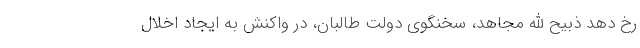
رخ دهد ذبیح الله مجاهد، سخنگوی دولت طالبان، در واکنش به ایجاد اخلال